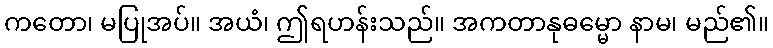
ကတော၊ မပြုအပ်။ အယံ၊ ဤရဟန်းသည်။ အကတာနုဓမ္မော နာမ၊ မည်၏။